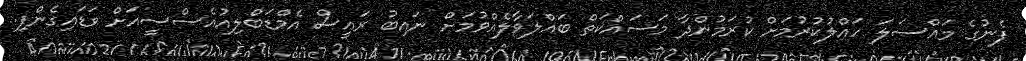
ފެނުގެ މައްސަލަ ހައްލުކުރުމަށް ކުރަމުންދާ މަސައްކަތް ބައްލަވާލެއްވުމަށް ނައިބު ރައީސް އެމްޑަބްލިއުއެސްސީއަށް ވަޑައިގެންފި.